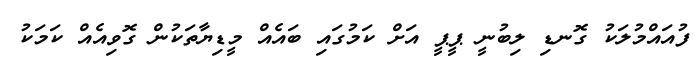
ފުއައްމުލަކު ގޮނޑި ލިބުނީ ޕީޕީ އަށް ކަމުގައި ބައެއް މީޑިޔާތަކުން ގޮވިއެއް ކަމަކު